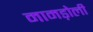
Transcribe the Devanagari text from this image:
मामड़ोली